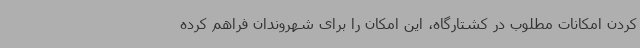
کردن امکانات مطلوب در کشتارگاه، این امکان را برای شهروندان فراهم کرده